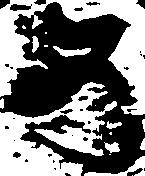
め